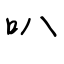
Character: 叭